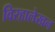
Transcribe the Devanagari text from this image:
विरहालेखन